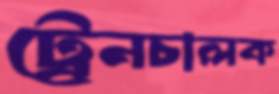
ট্রেনচালক